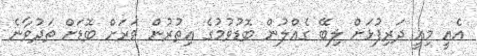
އެއީ މިއީ ދަރިފުޅަށް ލިބޭ ގެއްލުން ބޮޑުވުމުގެ އިތުރުން ވަރަށް ބޮޑަށް ތަދުވާނެ